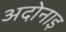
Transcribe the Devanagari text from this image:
अदोनाइ